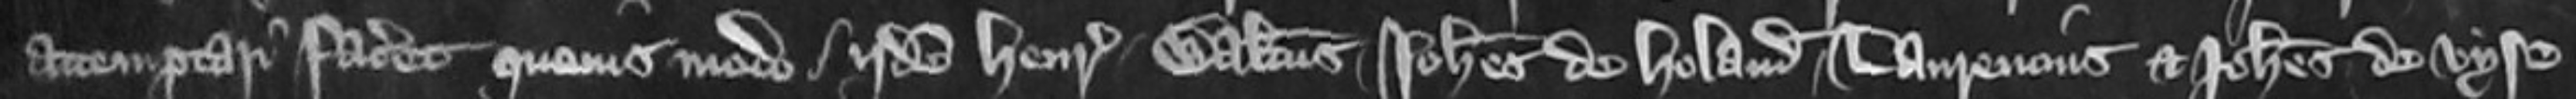
attemptari faceret quousmodo iidem Henricus Walterus Johannes de Holand Laurencius et Johannes de Vyse